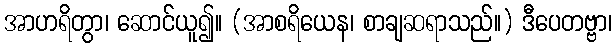
အာဟရိတွာ၊ ဆောင်ယူ၍။ (အာစရိယေန၊ စာချဆရာသည်။) ဒီပေတဗ္ဗာ၊